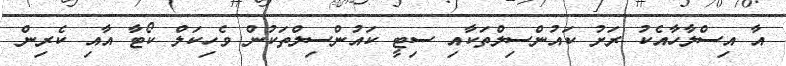
އާ އިސްލާހާއެކު ރަށު ކައުންސިލްތަކާއި ސިޓީ ކައުންސިލްތަކުން ވެހިކަލް ކޯޓާ އާއި ކެރިން